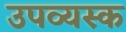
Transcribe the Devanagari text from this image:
उपव्यस्क